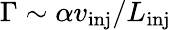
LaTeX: \Gamma\sim\alpha v_{\textrm{inj}}/L_{\textrm{inj}}